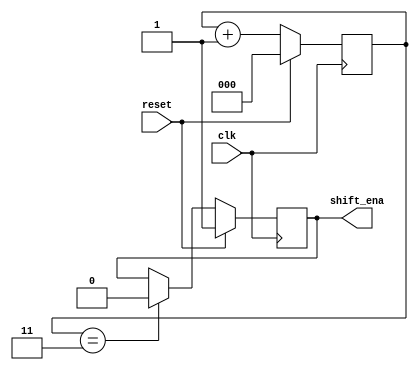
module top_module (
    input clk,
    input reset,      // Synchronous reset
    output shift_ena
);
    
    reg [2:0] counter;
    reg FOUR;

    always @(posedge clk) begin
        if (reset) shift_ena <= 1'b1;
        else if (FOUR) shift_ena <= 1'b0;
    end
    
    always @(posedge clk) begin
        if (reset) counter <= 3'b0;
        else counter <= counter + 1'b1;
    end
    
    assign FOUR = counter == 3;
endmodule